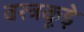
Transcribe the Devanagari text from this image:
वस्त्रकूड़े